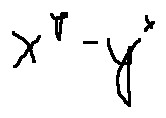
x ^ { y } - y ^ { x }